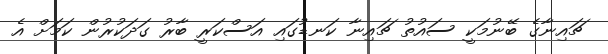
ޗައިނާގެ ބޭނުމަކީ ސައުތު ޗައިނާ ކަނޑުގައި އަސްކަރީ ބާރު ގަދަކުރުން ކަމަށް އެ